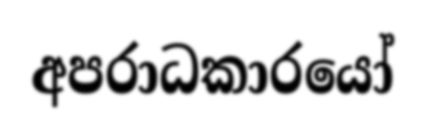
අපරාධකාරයෝ